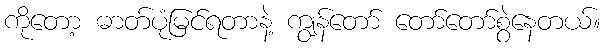
ကိုတော့ ဓာတ်ပုံမြင်ရတာနဲ့ ကျွန်တော် တော်တော်စွဲနေတယ်။